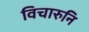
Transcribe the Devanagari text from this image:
विचारुनि